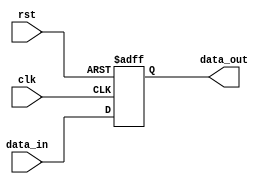
module synchronous_logic (
    input wire clk,
    input wire rst,
    input wire [7:0] data_in,
    output wire [7:0] data_out
);

reg [7:0] reg_data;

always @(posedge clk or negedge rst) begin
    if (~rst) begin
        reg_data <= 8'h00; // reset the register to 0
    end else begin
        reg_data <= data_in; // update register with new data on positive clock edge
    end
end

assign data_out = reg_data;

endmodule